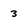
Character: 3